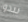
يبدو